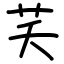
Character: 芺